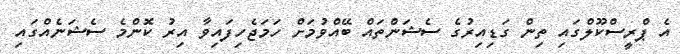
އެ ޕްރީސްކޫލްގައި ތިން ގަޑިއިރުގެ ސެޝަންތައް ބޭއްވުމަށް ހަމަޖެހިފައިވާ އިރު ކޮންމެ ސެޝަނެއްގައި